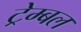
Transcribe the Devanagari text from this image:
ट्रेम्बल